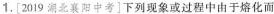
1.[2019湖北襄阳中考]下列现象或过程中由于熔化而